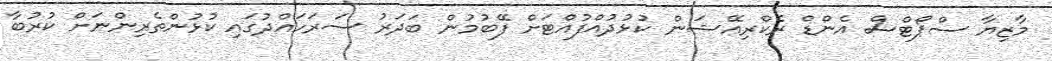
މާޒިޔާ ސްޕޯޓްސް އެންޑް ރެކްރިއޭޝަން ކުޅުދުއްފުއްޓަށް ފޭބުމުން ބަދަރު ސަރަހައްދުގަައި ކުޅުންތެރިންނަށް ކުރުބާ